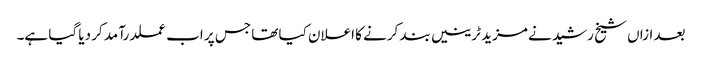
بعد ازاں شیخ رشید نے مزید ٹرینیں بند کرنے کا اعلان کیا تھا جس پر اب عملدرآمد کر دیا گیا ہے۔